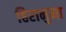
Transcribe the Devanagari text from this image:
हिरानुमा